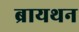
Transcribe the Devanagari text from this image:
ब्रायथन